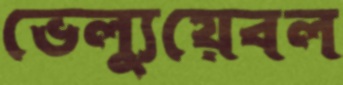
ভেল্যুয়েবল